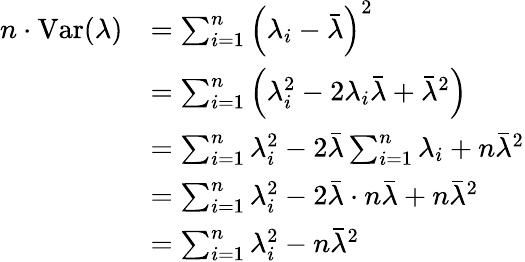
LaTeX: \begin{array}{rl}{n\cdot\mathrm{Var}(\lambda)}&{=\sum_{i=1}^{n}\left(\lambda_{i}-\bar{\lambda}\right)^{2}}\\ &{=\sum_{i=1}^{n}\left(\lambda_{i}^{2}-2\lambda_{i}\bar{\lambda}+\bar{\lambda}^{2}\right)}\\ &{=\sum_{i=1}^{n}\lambda_{i}^{2}-2\bar{\lambda}\sum_{i=1}^{n}\lambda_{i}+n\bar{\lambda}^{2}}\\ &{=\sum_{i=1}^{n}\lambda_{i}^{2}-2\bar{\lambda}\cdot n\bar{\lambda}+n\bar{\lambda}^{2}}\\ &{=\sum_{i=1}^{n}\lambda_{i}^{2}-n\bar{\lambda}^{2}}\end{array}